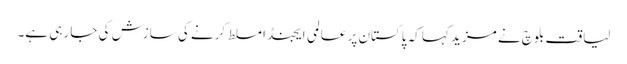
لیاقت بلوچ نے مزید کہا کہ پاکستان پر عالمی ایجنڈا مسلط کرنے کی سازش کی جا رہی ہے۔